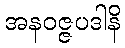
အနဝဇ္ဇပဒါနိ